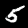
Digit: 5